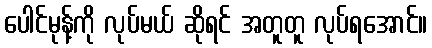
ပေါင်မုန့်ကို လုပ်မယ် ဆိုရင် အတူတူ လုပ်ရအောင်။